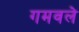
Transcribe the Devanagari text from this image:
गमवले